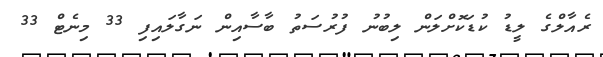
ރެއާލްގެ ލީޑު ކުޑަކޮށްލަން ލިބުނު ފުރުސަތު ބާސާއިން ނަގާލައިފި 33 މިނެޓް 33